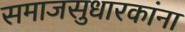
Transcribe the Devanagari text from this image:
समाजसुधारकांना